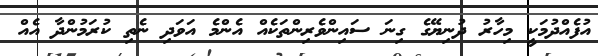
އުފެއްދުމަކީ މިހާރު ދުނިޔޭގެ ގިނަ ސައިންވެރިންތަކެއް އެންމެ އަވަދި ނެތި ކުރަމުންދާ އެއް